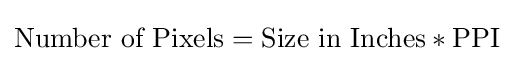
{\text{Number of Pixels}}={\text{Size in Inches}}*{\text{PPI}}